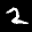
Label: 2